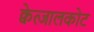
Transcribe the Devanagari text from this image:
क्वेत्जालकोट